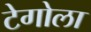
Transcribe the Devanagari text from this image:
टेगोला